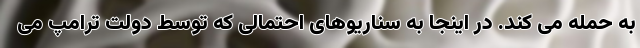
به حمله می کند. در اینجا به سناریوهای احتمالی که توسط دولت ترامپ می